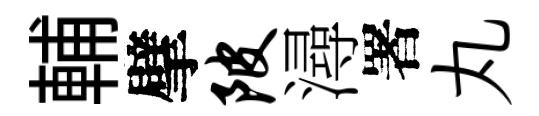
輔擘陂潯署丸